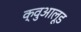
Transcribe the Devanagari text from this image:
क्वुआलूड